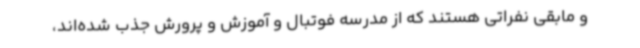
و مابقی نفراتی هستند که از مدرسه فوتبال و آموزش و پرورش جذب شده‌اند،